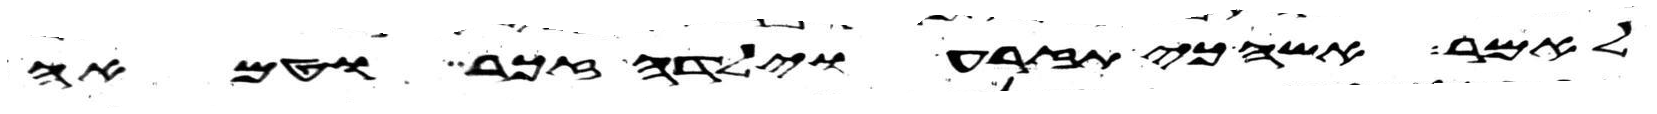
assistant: לאמר אשה כי תזרע וילדה זכר וטמאה